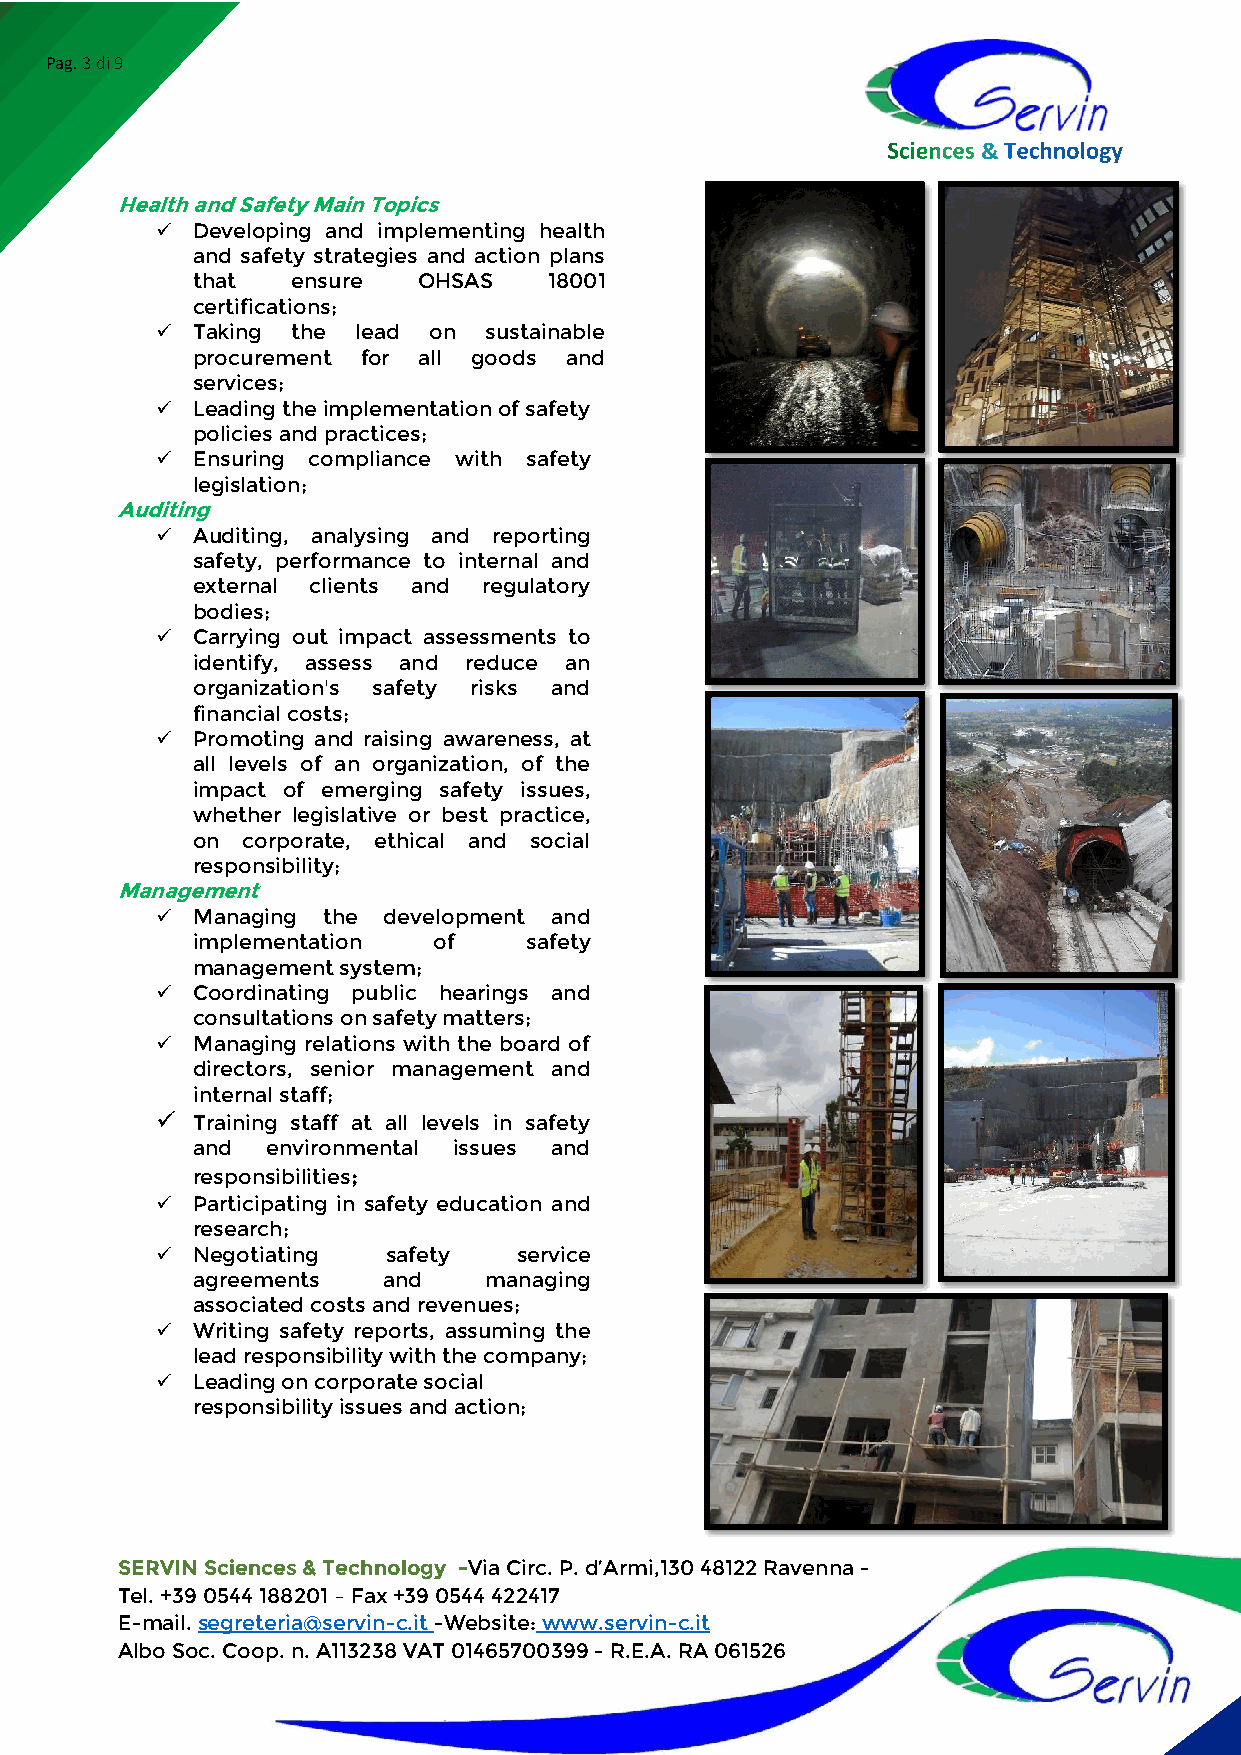
Pag. 3 di 9
 &
 Health and Safety Main Topics
 ✓  Developing and implementing health
 and safety strategies and action plans
 that  ensure   OHSAS   18001
 certifications;
 ✓  Taking the lead on sustainable
 procurement for all goods and
 services;
 ✓  Leading the implementation of safety
 policies and practices;
 ✓  Ensuring compliance with safety
 legislation;
 Auditing
 ✓  Auditing, analysing and reporting
 safety, performance to internal and
 external clients and regulatory
 bodies;
 ✓  Carrying out impact assessments to
 identify, assess and reduce an
 organization's safety risks and
 financial costs;
 ✓  Promoting and raising awareness, at
 all levels of an organization, of the
 impact of emerging safety issues,
 whether legislative or best practice,
 on corporate, ethical and social
 responsibility;
 Management
 ✓  Managing the development and
 implementation  of    safety
 management system;
 ✓  Coordinating public hearings and
 consultations on safety matters;
 ✓  Managing relations with the board of
 directors, senior management and
 internal staff;
 ✓  Training staff at all levels in safety
 and  environmental issues and
 responsibilities;
 ✓  Participating in safety education and
 research;
 ✓  Negotiating  safety  service
 agreements  and    managing
 associated costs and revenues;
 ✓  Writing safety reports, assuming the
 lead responsibility with the company;
 ✓  Leading on corporate social
 responsibility issues and action;
 SERVIN Sciences & Technology -Via Circ. P. d’Armi,130 48122 Ravenna -
 Tel. +39 0544 188201 – Fax +39 0544 422417
 E-mail. segreteria@servin-c.it -Website: www.servin-c.it
 Albo Soc. Coop. n. A113238 VAT 01465700399 - R.E.A. RA 061526